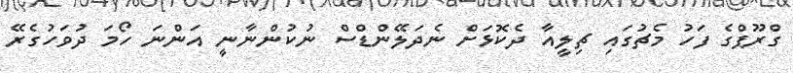
ގްރޫޕްގެ ފަހު މެޗުގައި ޗިލީއާ ދެކޮޅަށް ނެދަލޭންޑްސް ނުކުންނާނީ އަންނަ ހޯމަ ދުވަހުގެރޭ